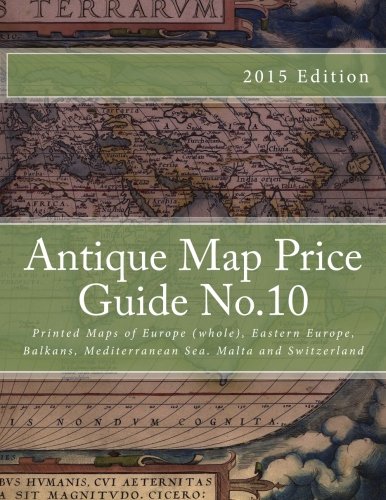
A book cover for Antique Map Price Guide No.10: Printed Maps of Europe (whole), Eastern Europe, Balkans, Mediterranean Sea. Malta and Switzerland; Mr Jeffrey Sharpe; Travel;